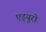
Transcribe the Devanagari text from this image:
एड्‌युरो